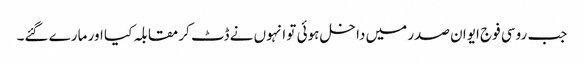
جب روسی فوج ایوان صدر میں داخل ہوئی تو انہوں نے ڈٹ کر مقابلہ کیا اور مارے گئے۔